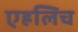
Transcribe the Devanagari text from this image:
एह्रलिच